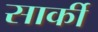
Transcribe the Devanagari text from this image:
सार्की